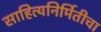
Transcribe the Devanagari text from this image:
साहित्यनिर्मितीचा